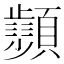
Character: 𩕨